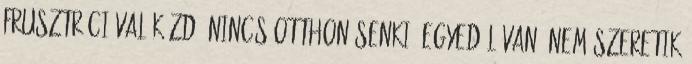
frusztrációval küzd. Nincs otthon senki, egyedül van, nem szeretik